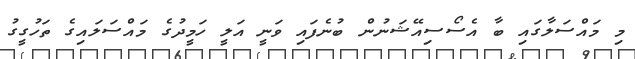
މި މައްސަލާގައި ބާ އެސޯސިއޭޝަނުން ބުނެފައި ވަނީ އަލީ ހަމީދުގެ މައްސަލަައިގެ ތަހުގީގު